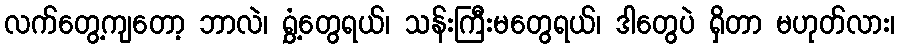
လက်တွေ့ကျတော့ ဘာလဲ၊ ရွှံ့တွေရယ်၊ သန်းကြီးမတွေရယ်၊ ဒါတွေပဲ ရှိတာ မဟုတ်လား၊